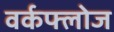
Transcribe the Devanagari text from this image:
वर्कफ्लोज